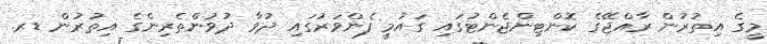
މީގެ އިތުރުން ރާއްޖޭގެ ކޮންޓިންޖެންޓުގައި ގައުމީ ފެންވަރުގައި ދުވާ ދުވުންތެރިންގެ އިތުރުން ޑރ.